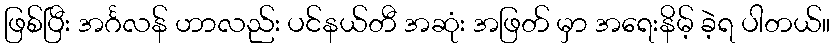
ဖြစ်ပြီး အင်္ဂလန် ဟာလည်း ပင်နယ်တီ အဆုံး အဖြတ် မှာ အရေးနိမ့် ခဲ့ရ ပါတယ်။